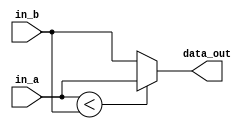
module CompMIN #(
        parameter    INPUT_WIDTH  = 8,
        parameter    OUTPUT_WIDTH = 8
    ) (
        input  [INPUT_WIDTH - 1 : 0]    in_a,in_b,
        output [OUTPUT_WIDTH - 1 : 0]   data_out
    );

    assign data_out = in_a < in_b ? in_a : in_b;


endmodule  //module_name